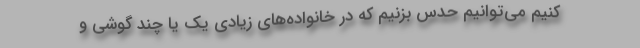
کنیم می‌توانیم حدس بزنیم که در خانواده‌های زیادی یک یا چند گوشی و